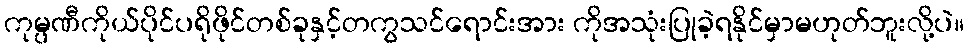
ကုမ္ပဏီကိုယ်ပိုင်ပရိုဖိုင်တစ်ခုနှင့်တကွသင်ရောင်းအား ကိုအသုံးပြုခဲ့ရနိုင်မှာမဟုတ်ဘူးလို့ပဲ။